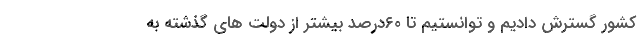
کشور گسترش دادیم و توانستیم تا ٦٠درصد بیشتر از دولت های گذشته به